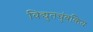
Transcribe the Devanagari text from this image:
विद्युतचुंबकिय